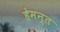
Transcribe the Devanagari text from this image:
हेमन्‍त